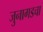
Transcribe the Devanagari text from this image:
जुनागडचा